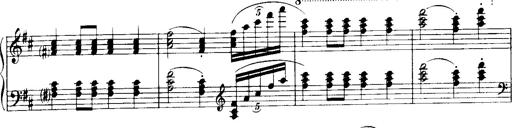
Title: Historische ungarische Bildnisse
Composer: Franz Liszt